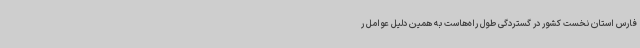
فارس استان نخست کشور در گستردگی طول راه‌هاست به همین دلیل عوامل ر